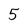
Character: 5